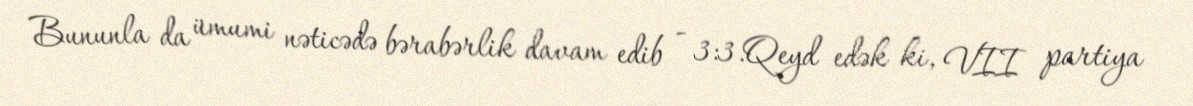
Bununla da ümumi nəticədə bərabərlik davam edib - 3:3.Qeyd edək ki, VII partiya